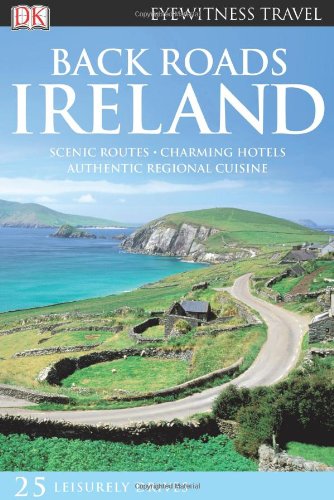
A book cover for Back Roads Ireland (Eyewitness Travel Back Roads); DK Publishing; Travel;